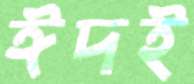
ঈদই